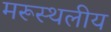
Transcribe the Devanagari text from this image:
मरूस्‍थलीय